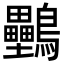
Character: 𪈦